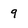
Character: 9